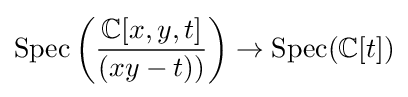
\operatorname {Spec} \left({\frac {\mathbb {C} [x,y,t]}{(xy-t))}}\right)\to \operatorname {Spec} (\mathbb {C} [t])